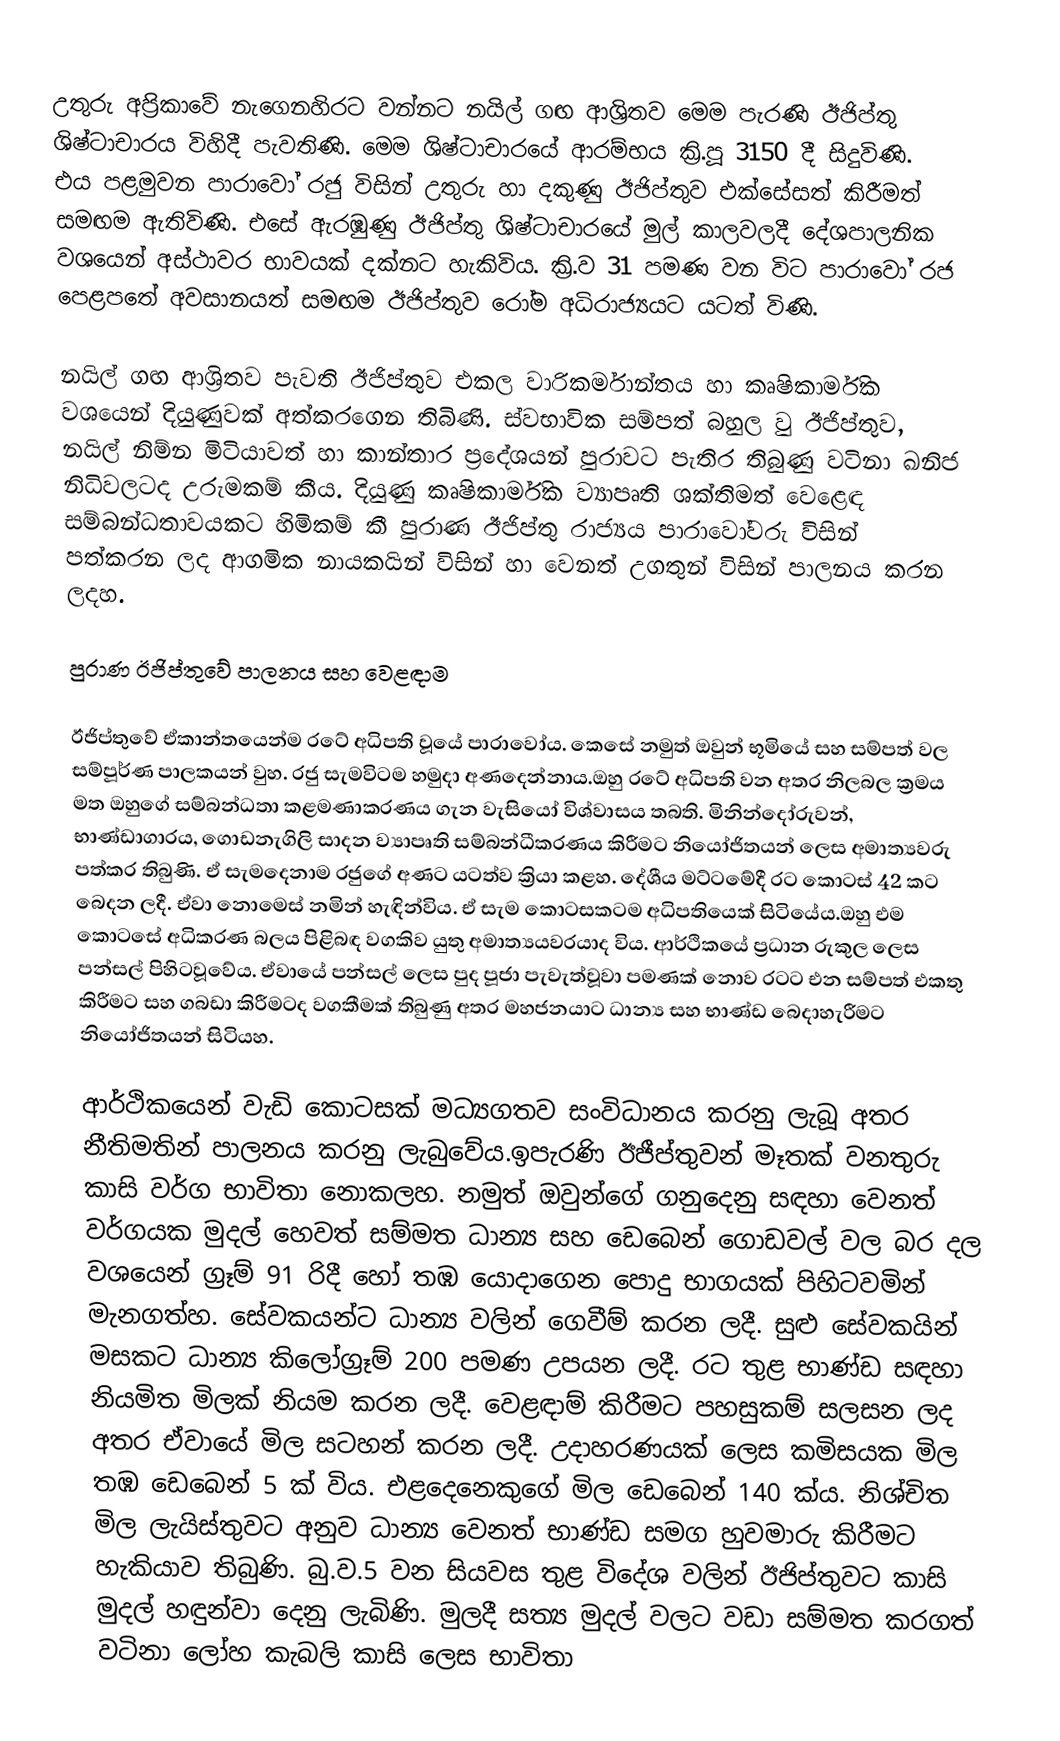
උතුරු අප්‍රිකාවේ නැගෙනහිරට වන්නට නයිල් ගඟ ආශ්‍රිතව මෙම පැරණි ඊජිප්තු ශිෂ්ටාචාරය විහිදී පැවතිණි. මෙම ශිෂ්ටාචාරයේ ආරම්භය ක්‍රි.පූ 3150 දී සිදුවිණි. එය පළමුවන පාරාවෝ රජු විසින් උතුරු හා දකුණු ඊජිප්තුව එක්සේසත් කිරීමත් සමඟම ඇතිවිණි. එසේ ඇරඹුණු ඊජිප්තු ශිෂ්ටාචාරයේ මුල් කාලවලදී දේශපාලනික වශයෙන් අස්ථාවර භාවයක් දක්නට හැකිවිය. ක්‍රි.ව 31 පමණ වන විට පාරාවෝ රජ පෙළපතේ අවසානයත් සමඟම ඊජිප්තුව රෝම අධිරාජ්‍යයට යටත් විණි.

නයිල් ගඟ ආශ්‍රිතව පැවති ඊජිප්තුව එකල වාරිකර්මාන්තය හා කෘෂිකාර්මික වශයෙන් දියුණුවක් අත්කරගෙන තිබිණි. ස්වභාවික සම්පත් බහුල වු ඊජිප්තුව, නයිල් නිම්න මිටියාවත් හා කාන්තාර ප්‍රදේශයන් පුරාවට පැතිර තිබුණු වටිනා ඛනිජ නිධිවලටද උරුමකම් කීය. දියුණු කෘෂිකාර්මික ව්‍යාපෘති ශක්තිමත් වෙළෙඳ සම්බන්ධතාවයකට හිමිකම් කී පුරාණ ඊජිප්තු රාජ්‍යය පාරාවෝවරු විසින් පත්කරන ලද ආගමික නායකයින් විසින් හා වෙනත් උගතුන් විසින් පාලනය  කරන ලදහ.

පුරාණ ඊජිප්තුවේ පාලනය සහ වෙළඳාම

ඊජිප්තුවේ ඒකාන්තයෙන්ම රටේ අධිපති වූයේ පාරාවෝය. කෙසේ නමුත් ඔවුන් භූමියේ සහ සම්පත් වල සම්පූර්ණ පාලකයන් වුහ. රජු සැමවිටම හමුදා අණදෙන්නාය.ඔහු රටේ අධිපති වන අතර නිලබල ක්‍රමය මත ඔහුගේ සම්බන්ධතා කළමණාකරණය ගැන වැසියෝ විශ්වාසය තබති. මිනින්දෝරුවන්, භාණ්ඩාගාරය, ගොඩනැගිලි සාදන ව්‍යාපෘති සම්බන්ධීකරණය කිරීමට නියෝජිතයන් ලෙස අමාත්‍යවරු පත්කර තිබුණි. ඒ සැමදෙනාම රජුගේ අණට යටත්ව ක්‍රියා කළහ. දේශීය මට්ටමේදී රට කොටස් 42 කට බෙදන ලදී. ඒවා නොමෙස් නමින් හැඳින්විය. ඒ සැම කොටසකටම අධිපතියෙක් සිටියේය.ඔහු එම කොටසේ අධිකරණ බලය පිළිබඳ වගකිව යුතු අමාත්‍යයවරයාද විය. ආර්ථිකයේ ප්‍රධාන රුකුල ලෙස පන්සල් පිහිටවූවේය. ඒවායේ පන්සල් ලෙස පුද පූජා පැවැත්වූවා පමණක් නොව රටට එන සම්පත් එකතු කිරීමට සහ ගබඩා කිරීමටද වගකීමක් තිබුණු අතර මහජනයාට ධාන්‍ය සහ භාණ්ඩ බෙදාහැරීමට නියෝජිතයන් සිටියහ.

ආර්ථිකයෙන් වැඩි කොටසක් මධ්‍යගතව සංවිධානය කරනු ලැබූ අතර නීතිමතින් පාලනය කරනු ලැබුවේය.ඉපැරණි ඊජීප්තුවන් මෑතක් වනතුරු කාසි වර්ග භාවිතා නොකලහ. නමුත් ඔවුන්ගේ ගනුදෙනු සඳහා වෙනත් වර්ගයක මුදල් හෙවත් සම්මත ධාන්‍ය සහ ඩෙබෙන් ගොඩවල් වල බර දල වශයෙන් ග්‍රෑම් 91 රිදී හෝ තඹ යොදාගෙන පොදු භාගයක් පිහිටවමින් මැනගත්හ. සේවකයන්ට ධාන්‍ය වලින් ගෙවීම් කරන ලදී. සුළු සේවකයින් මසකට ධාන්‍ය කිලෝග්‍රෑම් 200 පමණ උපයන ලදී. රට තුළ භාණ්ඩ සඳහා නියමිත මිලක් නියම කරන ලදී. වෙළඳාම් කිරීමට පහසුකම් සලසන ලද අතර ඒවායේ මිල සටහන් කරන ලදී. උදාහරණයක් ලෙස කමිසයක මිල තඹ ඩෙබෙන් 5 ක් විය. එළදෙනෙකුගේ මිල ඩෙබෙන් 140 ක්ය. නිශ්චිත මිල ලැයිස්තුවට අනුව ධාන්‍ය වෙනත් භාණ්ඩ සමග හුවමාරු කිරීමට හැකියාව තිබුණි. බු.ව.5 වන සියවස තුළ විදේශ වලින් ඊජිප්තුවට කාසි මුදල් හඳුන්වා දෙනු ලැබිණි. මුලදී සත්‍ය මුදල් වලට වඩා සම්මත කරගත් වටිනා ලෝහ කැබලි කාසි ලෙස භාවිතා